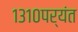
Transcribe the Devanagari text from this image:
१३१०पर्यंत